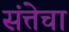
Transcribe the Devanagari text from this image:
संत्तेचा